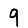
Digit: 9